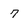
Character: 7